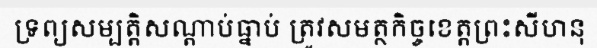
ទ្រព្យសម្បត្តិសណ្តាប់ធ្នាប់ ត្រូវសមត្ថកិច្ចខេត្តព្រះសីហនុ